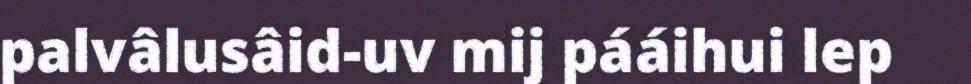
palvâlusâid-uv mij pááihui lep